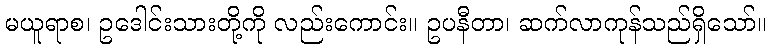
မယူရာစ၊ ဥဒေါင်းသားတို့ကို လည်းကောင်း။ ဥပနီတာ၊ ဆက်လာကုန်သည်ရှိသော်။